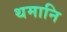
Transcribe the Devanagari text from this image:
थमानि